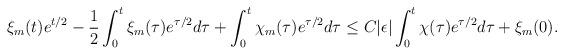
LaTeX: \begin{align*}\xi_m(t) e^{t/2} - \frac 1 2 \int_0^t \xi_m(\tau) e^{\tau/2} d \tau +\int_0^t \chi_m(\tau) e^{\tau/2} d \tau\leq C |\epsilon| \int_0^t \chi(\tau) e^{\tau/2} d \tau + \xi_m(0).\end{align*}